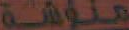
منوشة